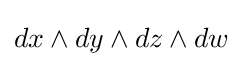
dx\wedge dy\wedge dz\wedge dw